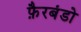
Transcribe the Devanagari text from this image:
फ़ैरबंडो